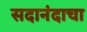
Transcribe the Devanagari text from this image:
सदानंदाचा